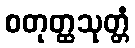
စတုတ္ထသုတ္တံ